Report on vaccination in Madras 1904-1921 - 1904-1921
Year: 1904
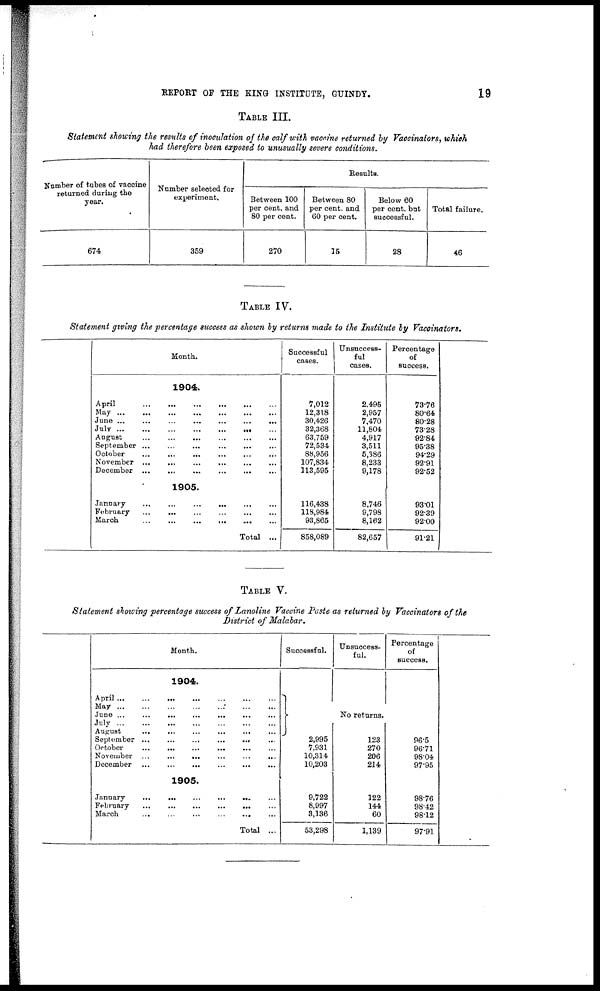
REPORT OF THE KING INSTITUTE, GUINDY.
19
TABLE III.
Statement showing the results of inoculation of the calf with vaccine returned by Vaccinators, which
had therefore been exposed to unusually severe conditions.
Number of tubes of vaccine
returned during the
year.
674
Number selected for
experiment.
359
Results.
Between 100
per cent. and
80 per cent.
270
Between 80
per cent. and
60 per cent.
15
Below 60
per cent. but
successful.
28
Total failure.
46
TABLE IV.
Statement giving the percentage success as shown by returns made to the Institute by Vaccinators.
Month.
1904.
April
...
...
...
...
...
...
May
...
...
...
...
...
...
...
June ...
...
...
...
...
...
...
July
...
...
...
...
...
...
...
August
...
...
...
...
...
September
...
...
...
...
...
...
October
...
...
...
...
...
...
November ...
...
...
...
...
...
December
...
...
...
...
...
...
1905.
January
...
...
...
...
...
...
February
...
...
...
...
...
...
March
...
...
... ... ... ...
Total ...
Successful
cases.
7,012
12,318
30,426
32,368
63,759
72,534
88,956
107,834
113,595
116,438
118,984
93,865
858,089
Unsuccess-
ful
cases.
2,495
2,957
7,470
11,804
4,917
3,511
5,386
8,233
9,178
8,746
9,798
8,162
82,657
Percentage
of
success.
73.76
80.64
80.28
73.28
92.84
95.38
94.29
92.91
92.52
93.01
92.39
92.00
91.21
TABLE V.
Statement showing percentage success of Lanoline Vaccine Paste as returned by Vaccinators of the
District of Malabar.
Month.
1904.
April
...
...
...
...
...
...
...
May
...
...
...
...
...
...
...
June ...
... ... ... ... ... ...
July
...
...
...
...
...
...
...
August
...
...
...
...
...
...
September ...
...
... ... ... ...
October
...
...
...
...
...
...
November ...
...
...
...
...
...
December
...
...
...
...
...
...
1905.
January
...
...
...
...
... ...
February
...
...
...
...
...
...
March
...
...
...
...
...
...
Total ...
Successful.
Unsuccess-
ful.
Percentage
of
success.
No returns.
2,995
7,931
10,314
10,203
9,722
8,997
3,136
53,298
123
270
206
214
122
144
60
1,139
96.5
96.71
98.04
97.95
98.76
98.42
98.12
97.91